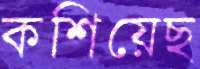
কশিয়েছ